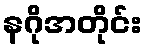
နဂိုအတိုင်း